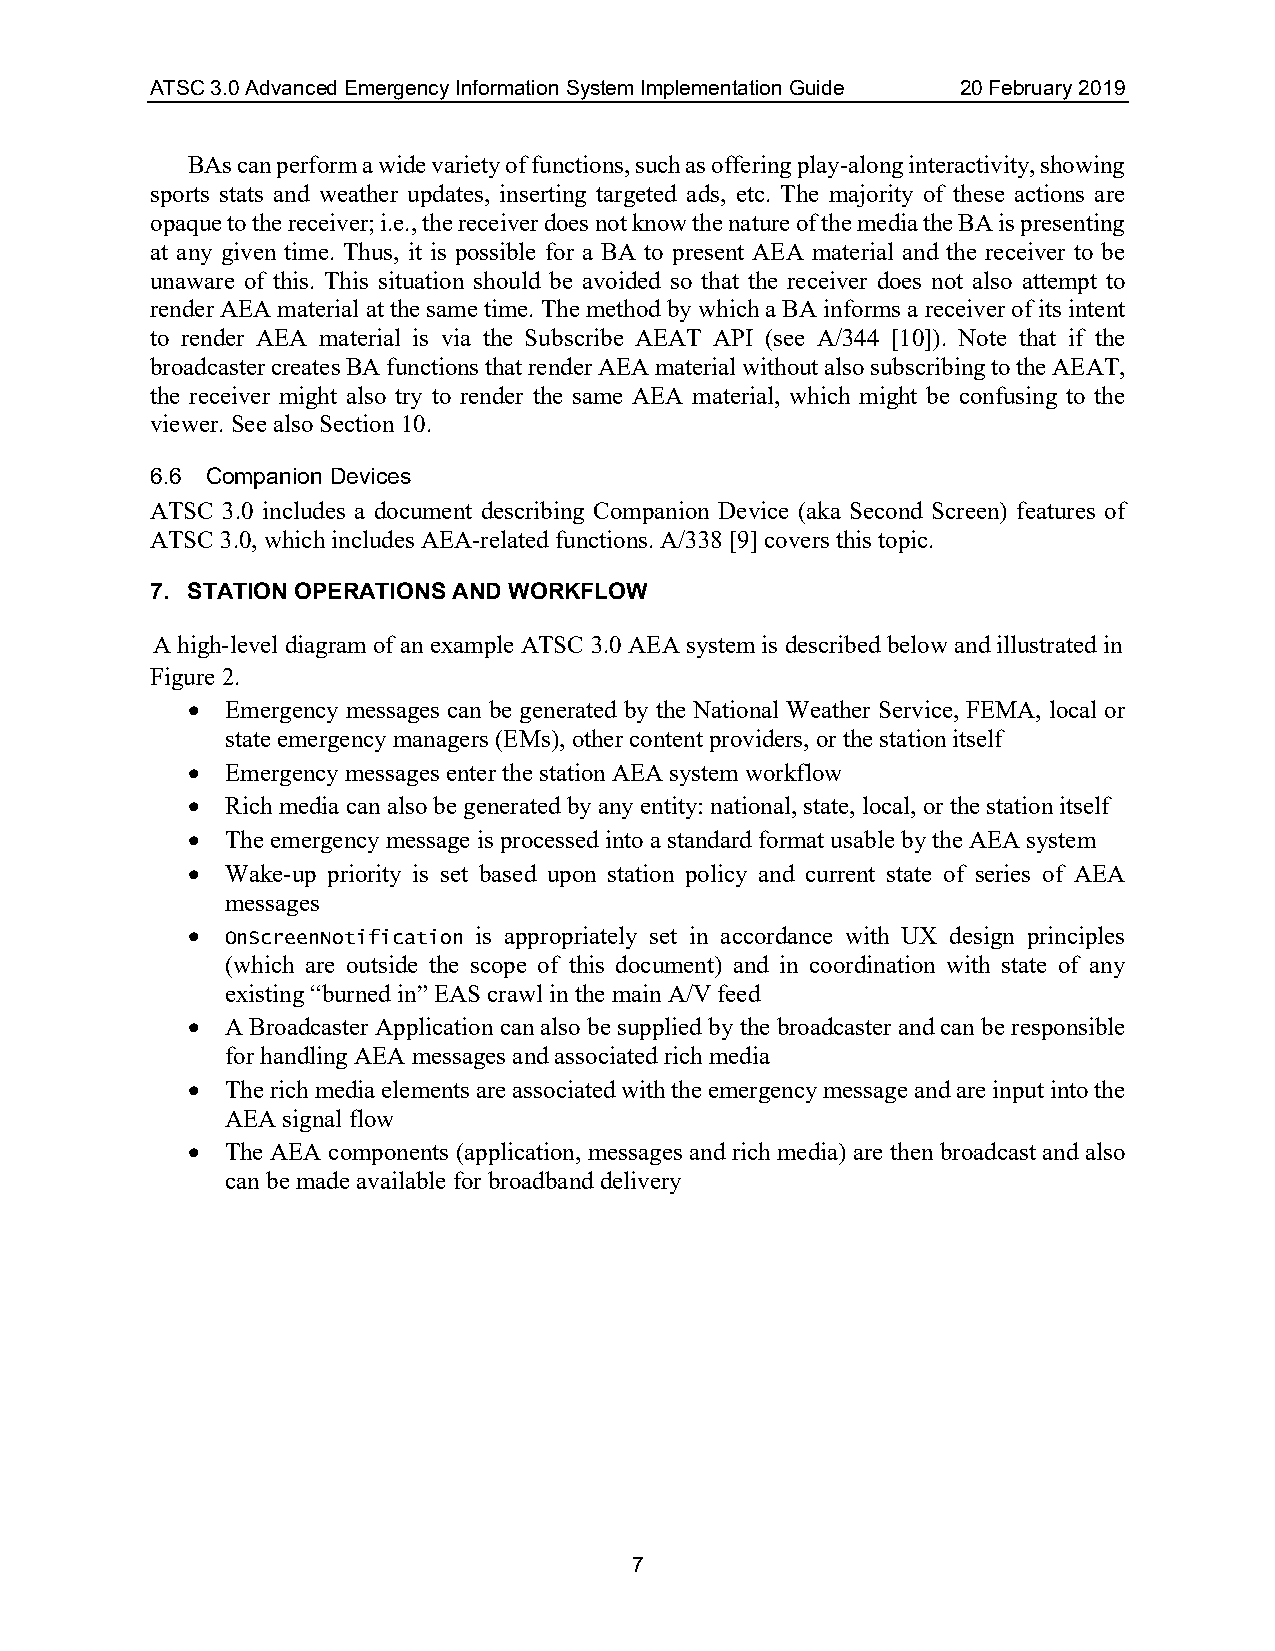
ATSC 3.0 Advanced Emergency Information System Implementation Guide 20 February 2019
 BAs can perform a wide variety of functions, such as offering play-along interactivity, showing
 sports stats and weather updates, inserting targeted ads, etc. The majority of these actions are
 opaque to the receiver; i.e., the receiver does not know the nature of the media the BA is presenting
 at any given time. Thus, it is possible for a BA to present AEA material and the receiver to be
 unaware of this. This situation should be avoided so that the receiver does not also attempt to
 render AEA material at the same time. The method by which a BA informs a receiver of its intent
 to render AEA material is via the Subscribe AEAT API (see A/344 [10]). Note that if the
 broadcaster creates BA functions that render AEA material without also subscribing to the AEAT,
 the receiver might also try to render the same AEA material, which might be confusing to the
 viewer. See also Section 10.
 6.6 Companion Devices
 ATSC 3.0 includes a document describing Companion Device (aka Second Screen) features of
 ATSC 3.0, which includes AEA-related functions. A/338 [9] covers this topic.
 7. STATION OPERATIONS AND WORKFLOW
 A high-level diagram of an example ATSC 3.0 AEA system is described below and illustrated in
 Figure 2.
 •  Emergency messages can be generated by the National Weather Service, FEMA, local or
 state emergency managers (EMs), other content providers, or the station itself
 •  Emergency messages enter the station AEA system workflow
 •  Rich media can also be generated by any entity: national, state, local, or the station itself
 •  The emergency message is processed into a standard format usable by the AEA system
 •  Wake-up priority is set based upon station policy and current state of series of AEA
 messages
 •  OnScreenNotification is appropriately set in accordance with UX design principles
 (which are outside the scope of this document) and in coordination with state of any
 existing “burned in” EAS crawl in the main A/V feed
 •  A Broadcaster Application can also be supplied by the broadcaster and can be responsible
 for handling AEA messages and associated rich media
 •  The rich media elements are associated with the emergency message and are input into the
 AEA signal flow
 •  The AEA components (application, messages and rich media) are then broadcast and also
 can be made available for broadband delivery
 7